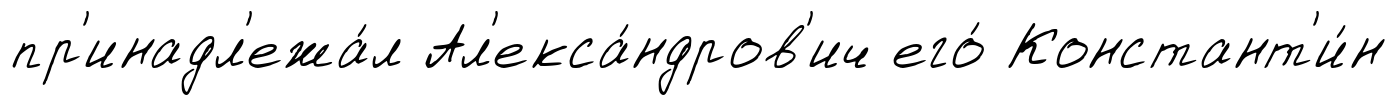
пр'инадл'ежа́л Ал'екса́ндров'ич его́ Констант'и́н